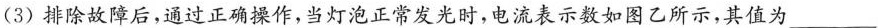
(3)排除故障后，通过正确操作，当灯泡正常发光时，电流表示数如图乙所示，其值为___